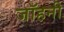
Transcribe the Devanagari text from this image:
जॉहनी